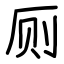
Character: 厕